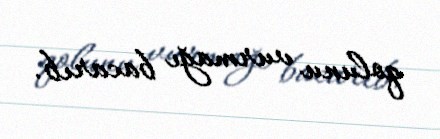
qolunu vurmağı bacarıb.